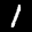
Label: 1